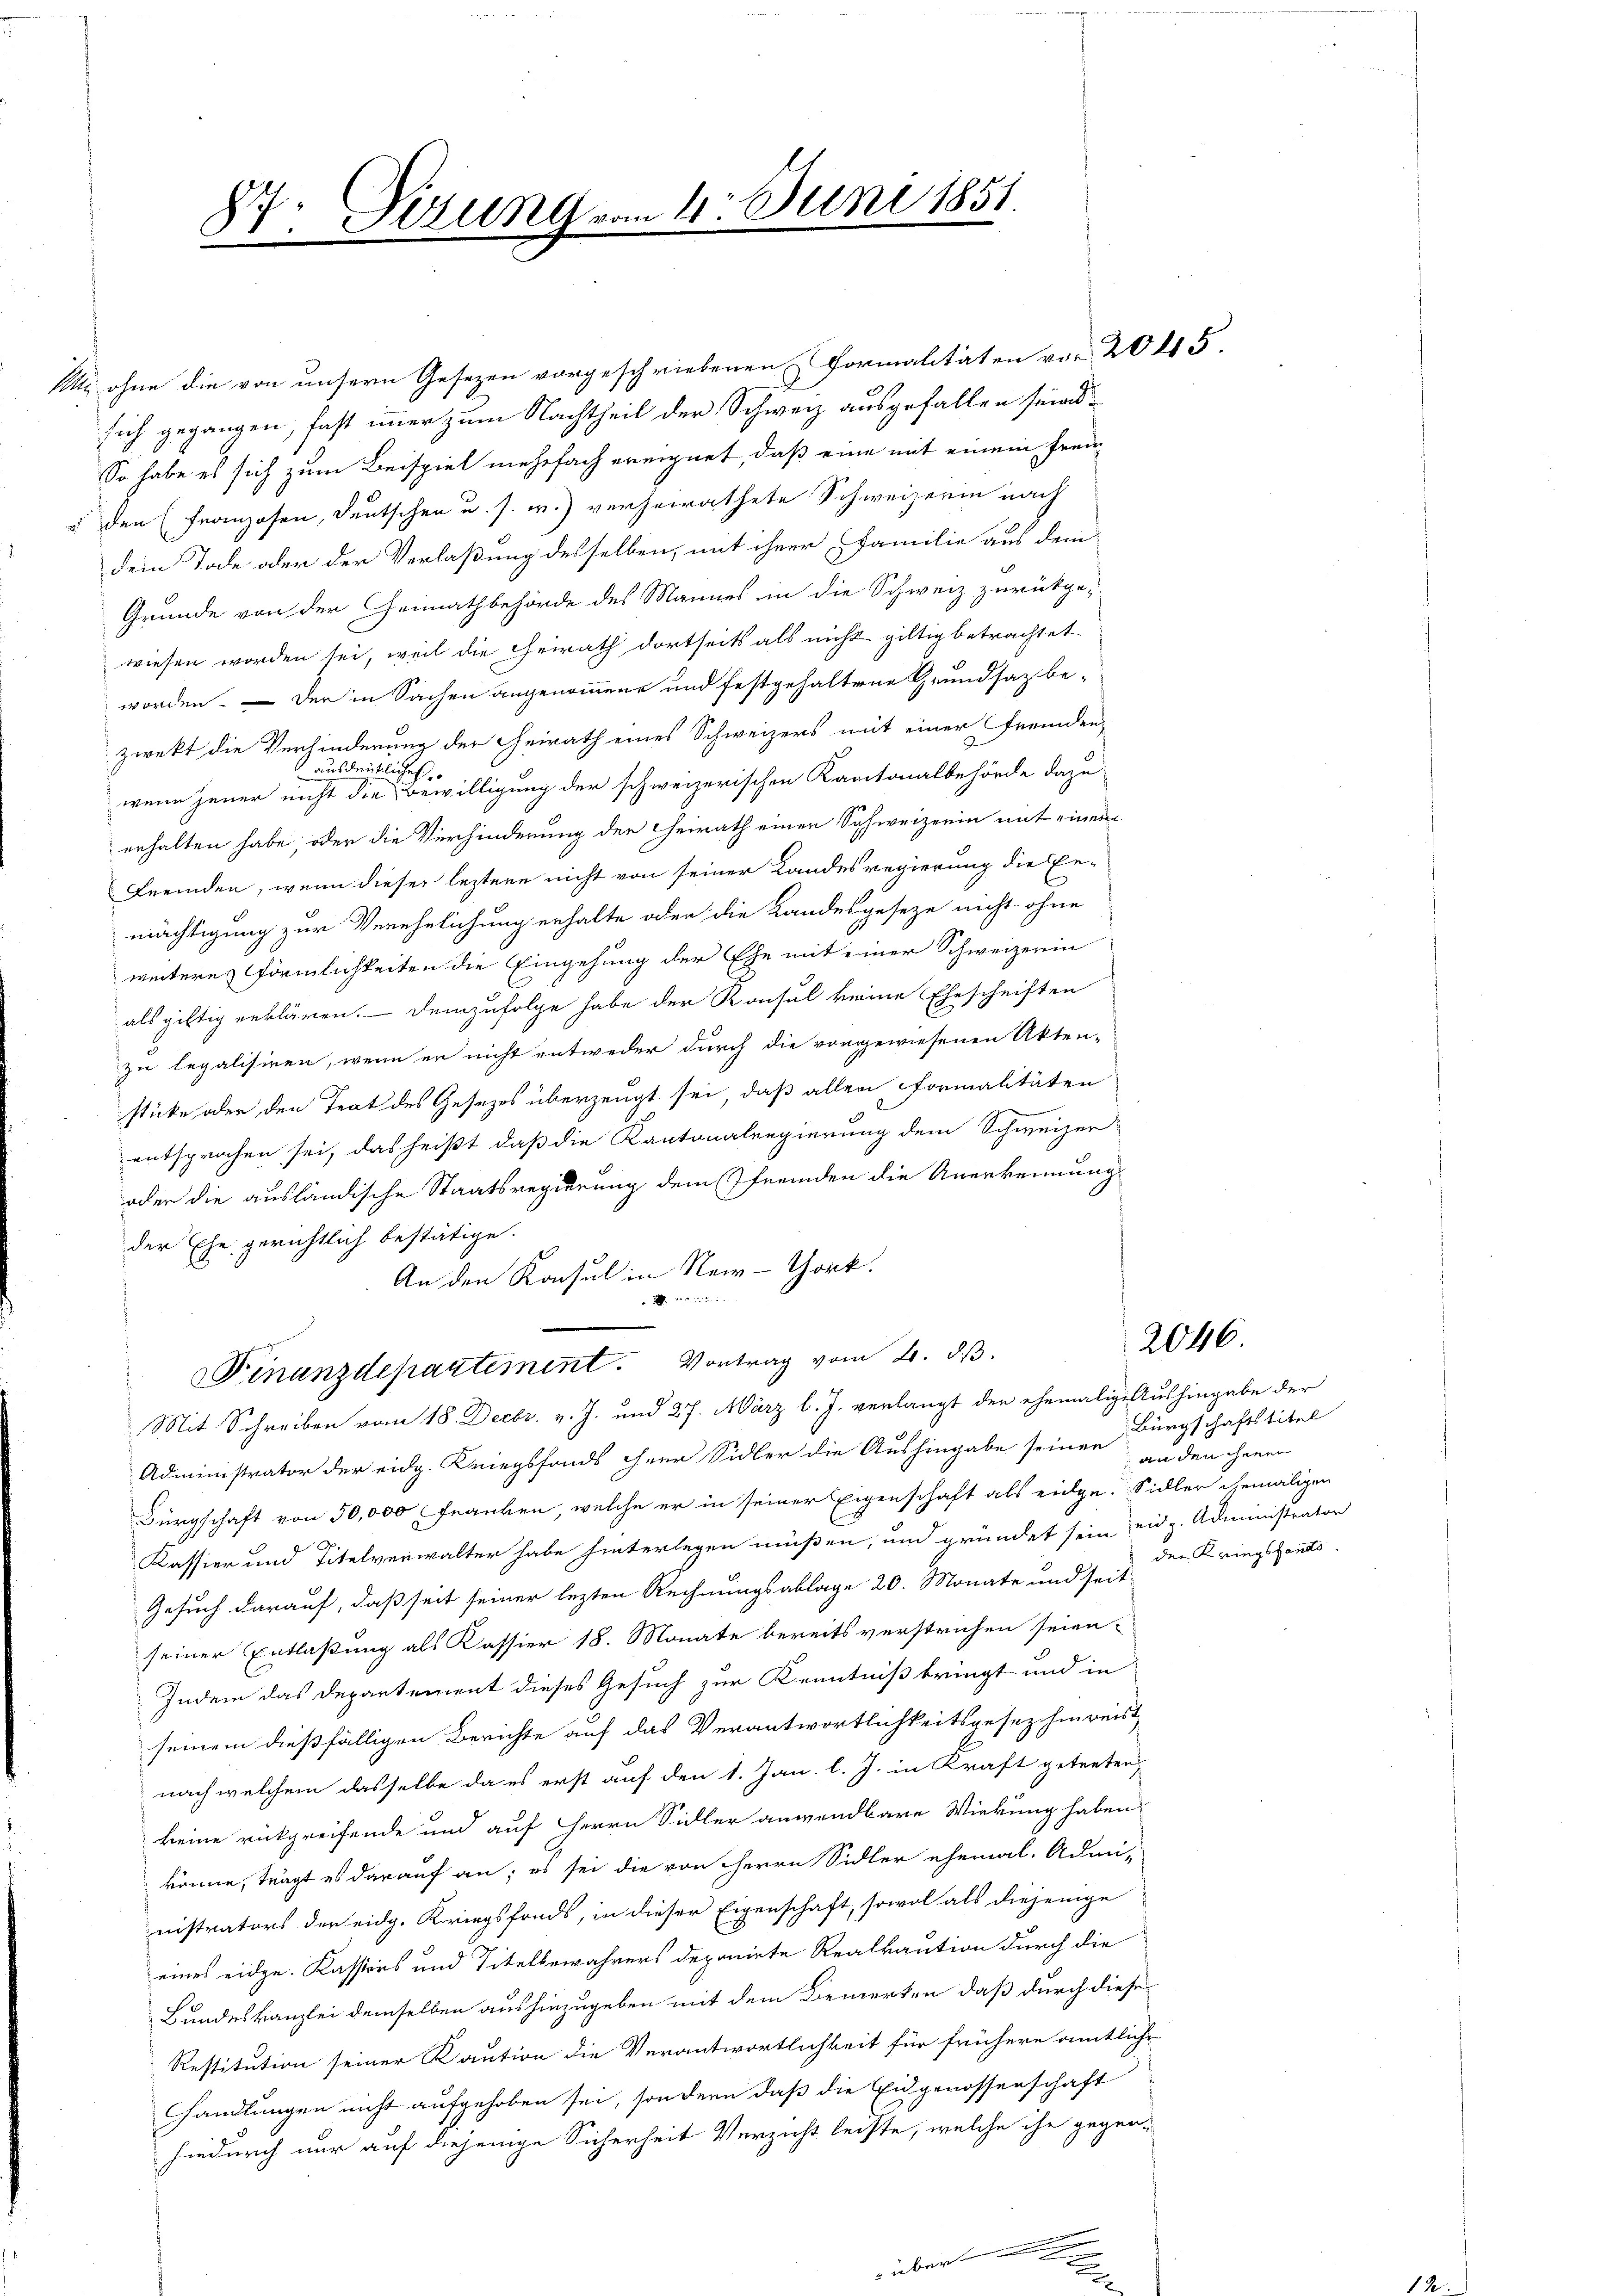
M ohne die von unsern Gesetzen vorgeschriebenen Formalitäten vor 20 45.
sich gegangen, fast immer zum Nachtheil der Schweiz ausgefallen sein
So habe es sich zum Beispiel mehrfach ereignet, daß eine mit einem Frei-
" den (Franzosen, Deutschen u. s. w.) verheirathete Schweizerin nach
dem Tode oder der Verlaßung desselben, mit ihrer Familie aus dem
Grunde von der Heimathbehörde des Mannes in die Schweiz zurückge-
wiesen worden sei, weil die Heirath dortseits als nicht giltig betrachtet
worden. — Der in Sachen angenommene und festgehaltene Grundsaz be-
zwekt die Verhinderung der Heirath eines Schweizers mit einer Fremden,
drükliches
aus
wenn jener nicht die Bewilligung der schweizerischen Kantonalbehörde dazu
erhalten habe, oder die Verhinderung der Heirath einer Schweizerin mit einem
Fremden, wenn dieser leztere nicht von seiner Landesregierung die Er-
mächtigung zur Verehelichung erhalte oder die Landesgeseze nicht ohne
weiteres förmlichkeiten die Eingehung der Ehe mit einer Schweizerin
als giltig erklären. Demzufolge habe der Konsul keine Eheschriften
zu legalisiren, wenn er nicht entweder durch die vorgewiesenen Akten-
stücke oder den Teat des Gesezes überzeugt sei, daß allen formalitäten
e
entsprochen sei, das heißt, daß die Kantonalregierung dem Schweizer-
oder die ausländische Staatsregierung dem fremden die Anerkennung
der Ehe gerichtlich bestätige.
An den Konsul in New-York.
rueder
Finanzdepartement. Vortrag vom 2. ds.
Mit Schreiben vom 18. Decbr. v. J. und 27. März l. J. verlangt der ehemalige Aushingabe der
Administrator der eidg. Kriegsfonds ihrer Sidler die Aushingabe seiner
Bürgschaft von 50,000 Franken, welche er in seiner Eigenschaft als eidge-Sidler gemaligen
Kassier und Titelverwalter habe hinterlegen müßen, und gründet sein eidg. Administrator
Gesuch darauf, daß seit seiner lezten Rechnungsablage 20. Monate und seit
seiner Entlaßung als Kassier 18. Monate bereits verstrichen seien.
Indem das Departement dieses Gesuch zur Kenntniß bringt und in
seinem dießfälligen Berichte auf das Verantwortlichkeitsgesez hinreist
nach welchem dasselbe da es erst auf den 1. Jan. l. J. in Kraft getreten,
keine rückgreifende und auf Herrn Sidler anwendbare Wirkung haben.
könne, trägt es darauf an; es sei die von Herrn Sidler ehemal. Admi-
nistrators der eidg. Kriegsfonds, in dieser Eigenschaft, sowol als diejenige
eines eidge. Kassions und Titelbewahrers deponirte Realkaution durch die
Bundeskanzlei demselben aushinzugeben mit dem Bemerken, daß durch diese
Restitution seiner Kaution die Verantwortlichkeit für frühere amtliche
Handlungen nicht aufgehoben sei, sondern daß die Eidgenossenschaft
hindurch nur auf diejenige Sicherheit Verzicht leiste, welche ihn gegen-

87. Dezung vom 4. Juni 1851.

2046.

Bürgschaftstitel
an den jenen
den Kringsfants.